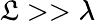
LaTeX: \mathfrak{L}>>\lambda